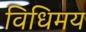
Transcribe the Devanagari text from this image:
विधिमय